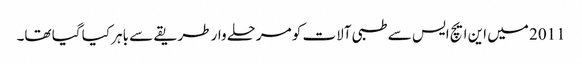
2011 میں این ایچ ایس سے طبی آلات کو مرحلے وار طریقے سے باہر کیا گیا تھا۔